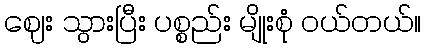
ဈေး သွားပြီး ပစ္စည်း မျိုးစုံ ဝယ်တယ်။